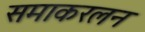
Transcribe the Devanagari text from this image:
समाकरलन